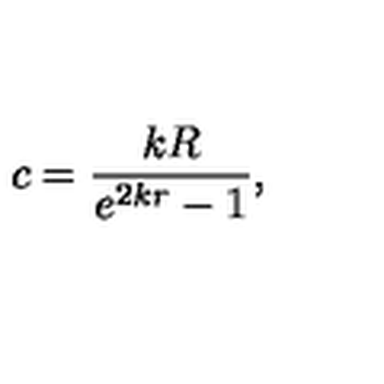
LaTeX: c = \frac { k R } { e ^ { 2 k r } - 1 } ,